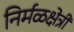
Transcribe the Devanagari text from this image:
निर्मळक्षेत्री